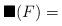
LaTeX: \begin{align*} \blacksquare(F) = \end{align*}